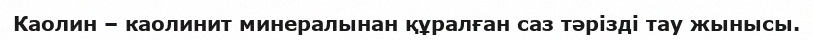
Каолин – каолинит минералынан құралған саз тәрізді тау жынысы.